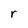
Character: r